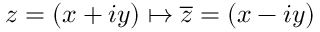
z = ( x + i y ) \mapsto { \overline { { z } } } = ( x - i y )